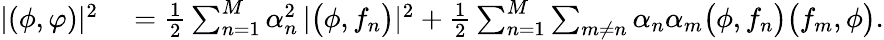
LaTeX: \begin{array}{rl}{|(\phi,\varphi)|^{2}}&{{}=\frac{1}{2}\sum_{n=1}^{M}\alpha_{n}^{2}\, |\bigl(\phi,f_{n}\bigr)|^{2}+\frac{1}{2}\sum_{n=1}^{M}\sum_{m\neq n}\alpha_{n}\alpha_{m}\bigl(\phi,f_{n}\bigr)\bigl(f_{m},\phi\bigr).}\end{array}